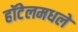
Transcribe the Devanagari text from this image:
हॉटेलमधले